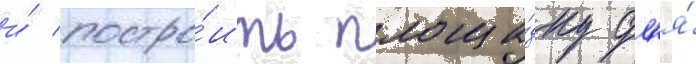
и́ постро́ить площа́дку дл'я́